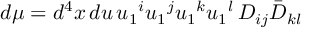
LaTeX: d \mu = d ^ { 4 } x \, d u \, u _ { 1 } { } ^ { i } u _ { 1 } { } ^ { j } u _ { 1 } { } ^ { k } u _ { 1 } { } ^ { l } \, D _ { i j } \bar { D } _ { k l }